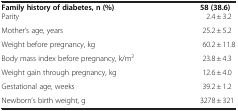
<table><thead><tr><td><b>Family history of diabetes, n (%)</b></td><td><b>58 (38.6)</b></td></tr></thead><tbody><tr><td>Parity</td><td>2.4 ± 3.2</td></tr><tr><td>Mother’s age, years</td><td>25.2 ± 5.2</td></tr><tr><td>Weight before pregnancy, kg</td><td>60.2 ± 11.8</td></tr><tr><td>Body mass index before pregnancy, k/m<sup>2</sup></td><td>23.8 ± 4.3</td></tr><tr><td>Weight gain through pregnancy, kg</td><td>12.6 ± 4.0</td></tr><tr><td>Gestational age, weeks</td><td>39.2 ± 1.2</td></tr><tr><td>Newborn’s birth weight, g</td><td>3278 ± 321</td></tr></tbody></table>